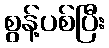
စွန့်ပစ်ပြီး